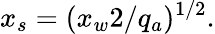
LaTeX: x_{s}=(x_{w}2/q_{a})^{1/2}.